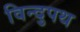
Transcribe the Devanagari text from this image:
विन्दुपथ